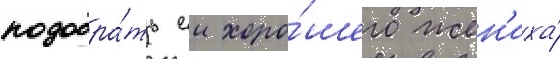
подобра́ть еи хоро́шего жен'иха́